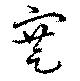
蹇